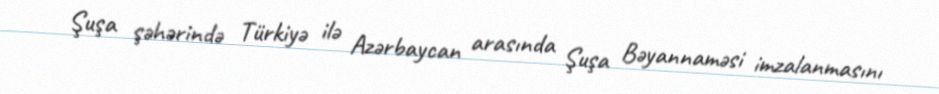
Şuşa şəhərində Türkiyə ilə Azərbaycan arasında Şuşa Bəyannaməsi imzalanmasını